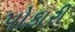
પોકારી